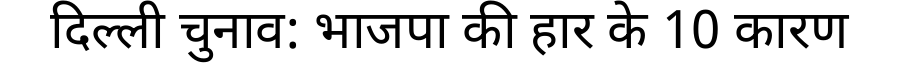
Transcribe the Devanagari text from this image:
दिल्ली चुनाव: भाजपा की हार के 10 कारण